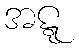
အဋ္ဋ